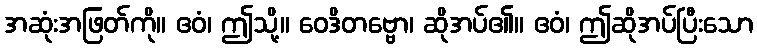
အဆုံးအဖြတ်ကို။ ဧဝံ၊ ဤသို့။ ဝေဒိတဗ္ဗော၊ ဆိုအပ်၏။ ဧဝံ၊ ဤဆိုအပ်ပြီးသော